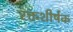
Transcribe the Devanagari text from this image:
रक्तशीर्षक